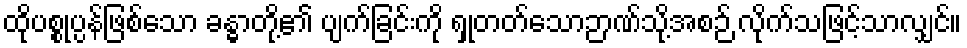
ထိုပစ္စုပ္ပန်ဖြစ်သော ခန္ဓာတို့၏ ပျက်ခြင်းကို ရှုတတ်သောဉာဏ်သို့အစဉ် လိုက်သဖြင့်သာလျှင်။